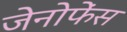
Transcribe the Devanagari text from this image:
जेनोफेंस